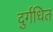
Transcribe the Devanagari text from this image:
दुर्गधित